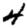
Digit: 4